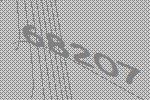
68207